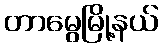
တာမွေမြို့နယ်